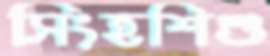
সিংহশিশু